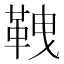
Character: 𩊒